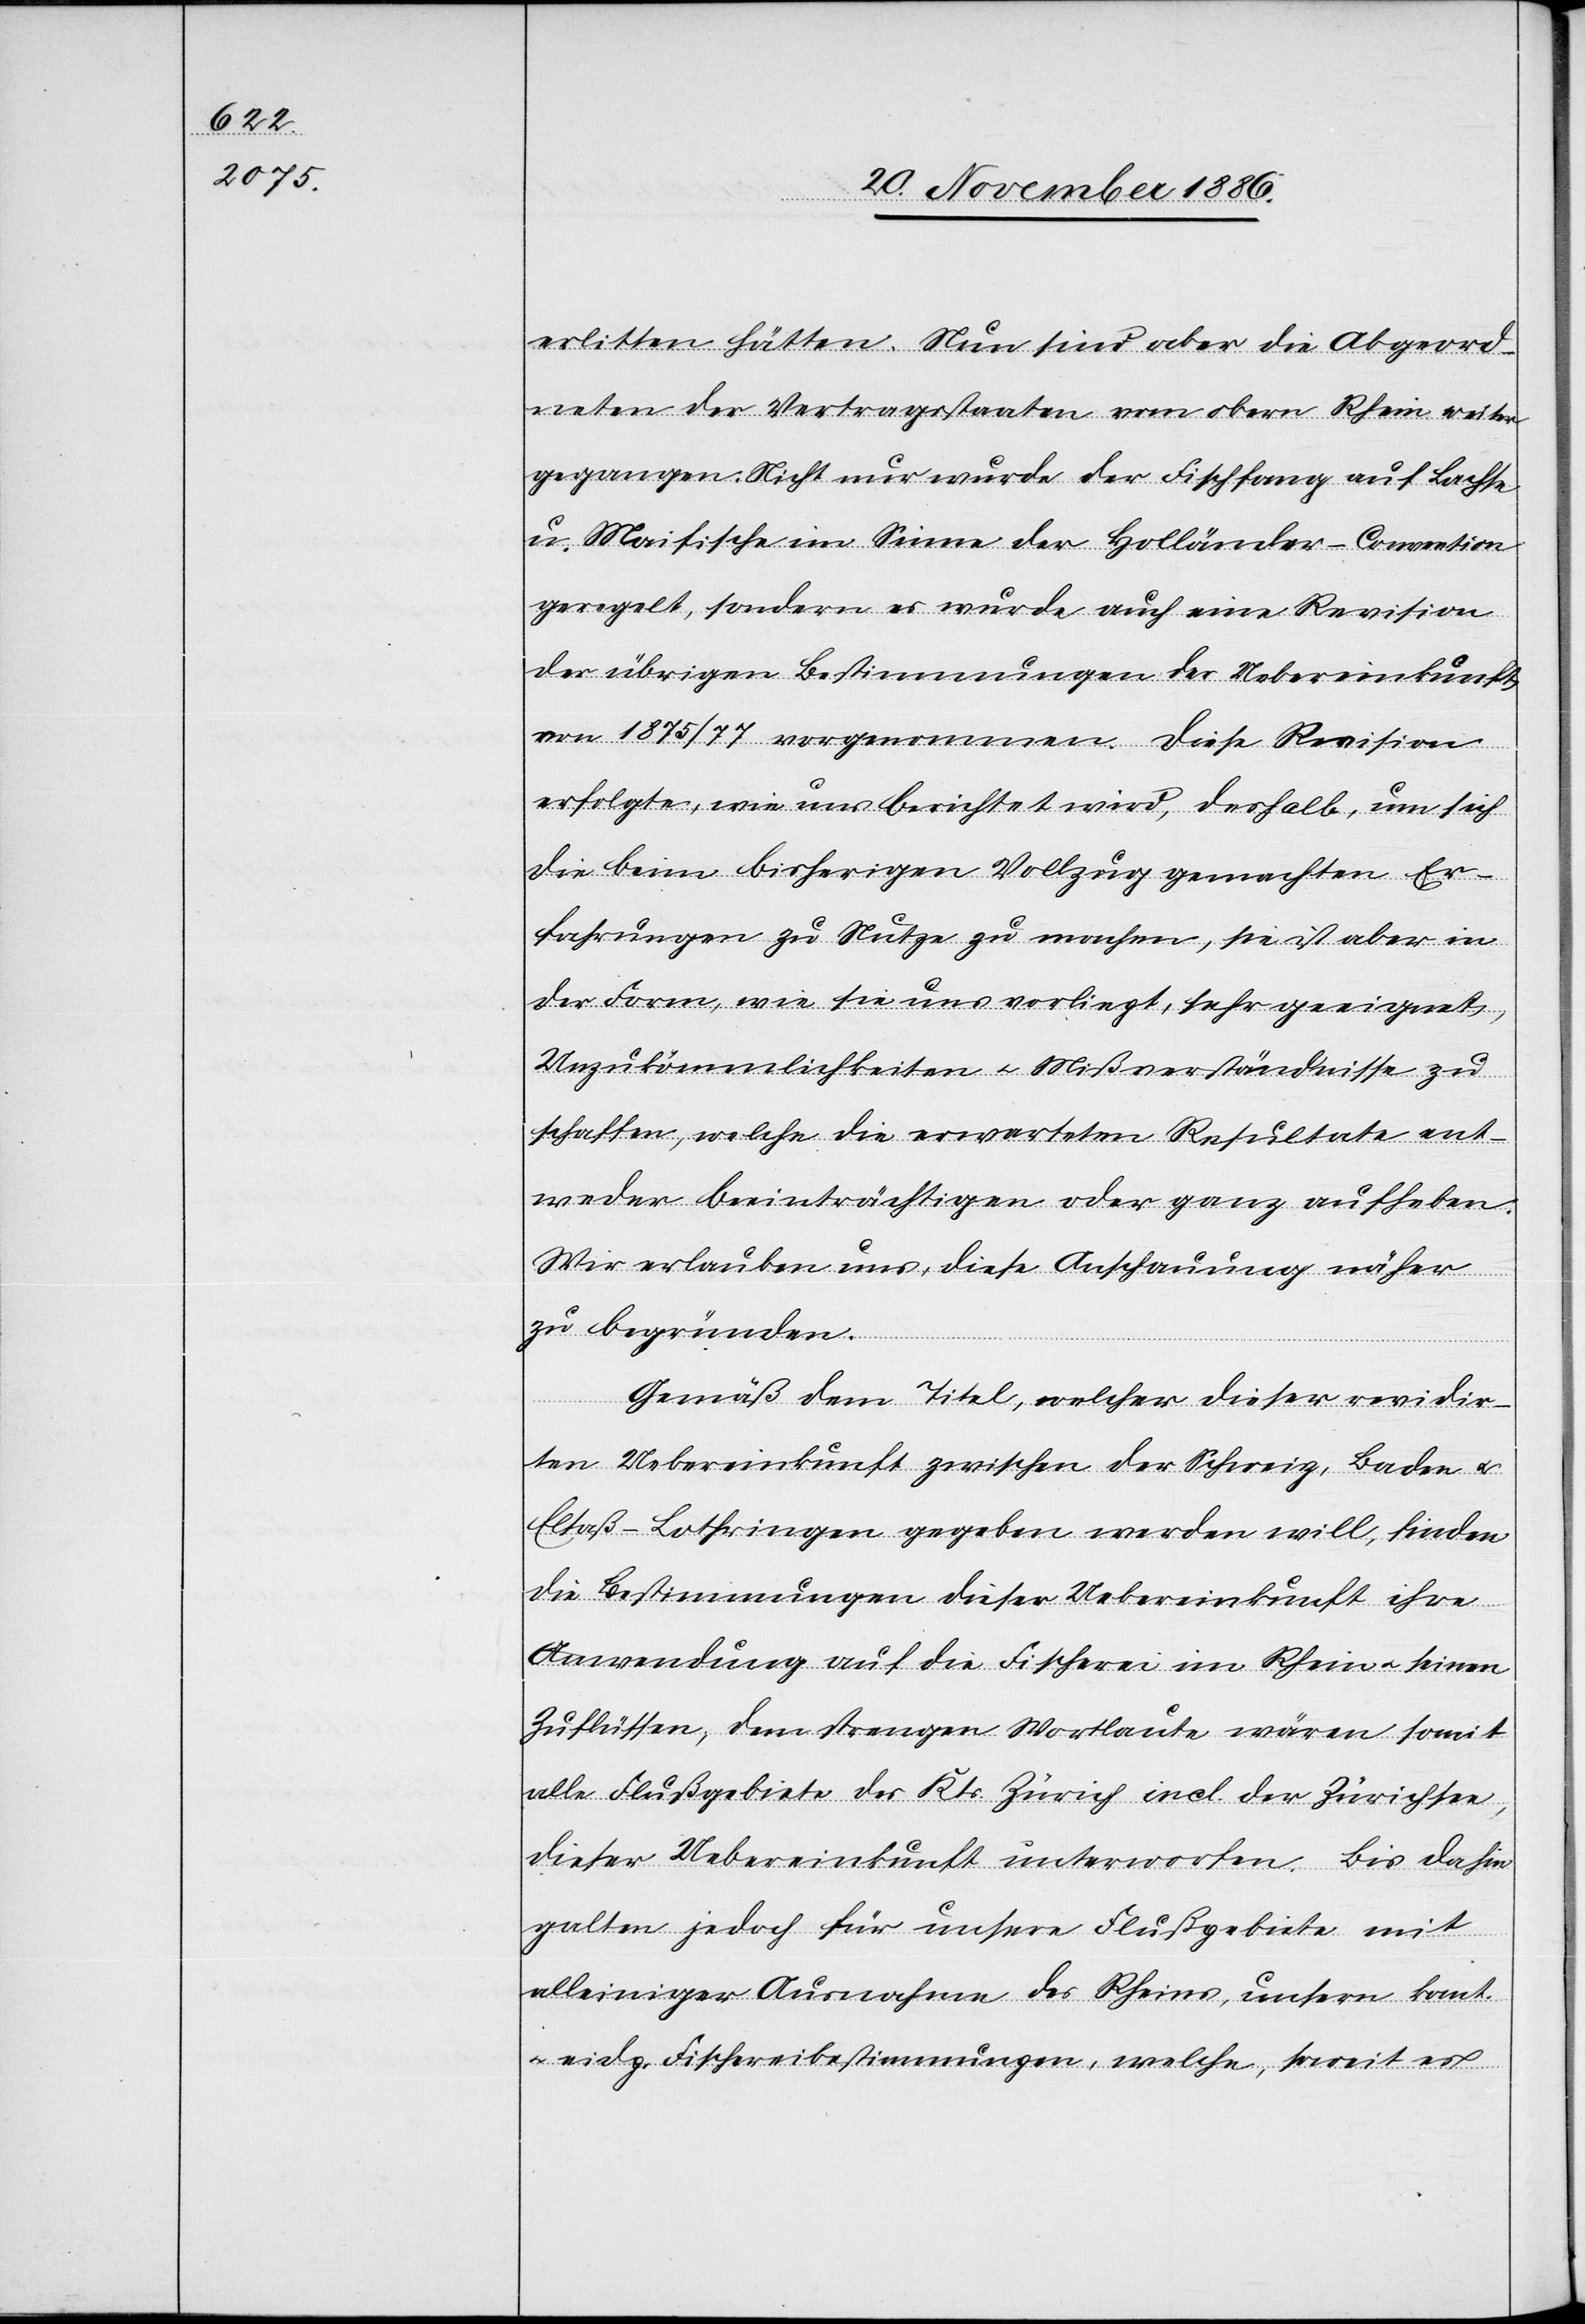
erlitten hätten. Nun sind aber die Abgeord¬
neten der Vertragsstaaten vom obern Rhein weiter
gegangen. Nicht nur wurde der Fischfang auf Lachse
u. Maifische im Sinne der Holländer-Convention
geregelt, sondern es wurde auch eine Revision
der übrigen Bestimmungen der Uebereinkunft
von 1875/77 vorgenommen. Diese Revision
erfolgte, wie uns berichtet wird, deshalb, um sich
die beim bisherigen Vollzug gemachten Er¬
fahrungen zu Nutze zu machen, sie ist aber in
der Form, wie sie uns vorliegt, sehr geeignet,
Unzukömmlichkeiten & Mißverständnisse zu
schaffen, welche die erwarteten Resultate ent¬
weder beeinträchtigen oder ganz aufheben.
Wir erlauben uns, diese Anschauung näher
zu begründen.
Gemäß dem Titel, welcher dieser revidir¬
ten Uebereinkunft zwischen der Schweiz, Baden &
Elsaß-Lothringen gegeben werden will, finden
die Bestimmungen dieser Uebereinkunft ihre
Anwendung auf die Fischerei im Rhein & seinen
Zuflüssen, dem strengen Wortlaute wären somit
alle Flußgebiete des Kts. Zürich incl. der Zürichsee,
dieser Uebereinkunft unterworfen. Bis dahin
galten jedoch für unsere Flußgebiete mit
alleiniger Ausnahme des Rheins, unsere kant.
& eidg. Fischereibestimmungen, welche, soweit es